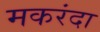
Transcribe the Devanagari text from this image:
मकरंदा